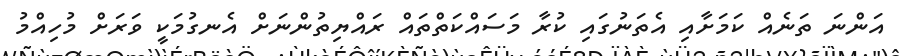
އަންނަ ތަނެއް ކަމަށާއި އެތަނުގައި ކުރާ މަސައްކަތްތައް ރައްޔިތުންނަށް އެނގުމަކީ ވަރަށް މުހިއްމު